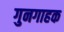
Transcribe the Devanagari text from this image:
गुनगाहक